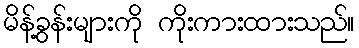
မိန့်ခွန်းများကို ကိုးကားထားသည်။